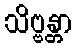
သိဗ္ဗန္တာ